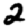
Digit: 2